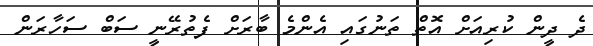
ދެ ދީން ކުރިއަށް އޮތް ތަނުގައި އެންމެ ބާރަށް ފެތުރޭނީ ސަބް ސަހާރަން